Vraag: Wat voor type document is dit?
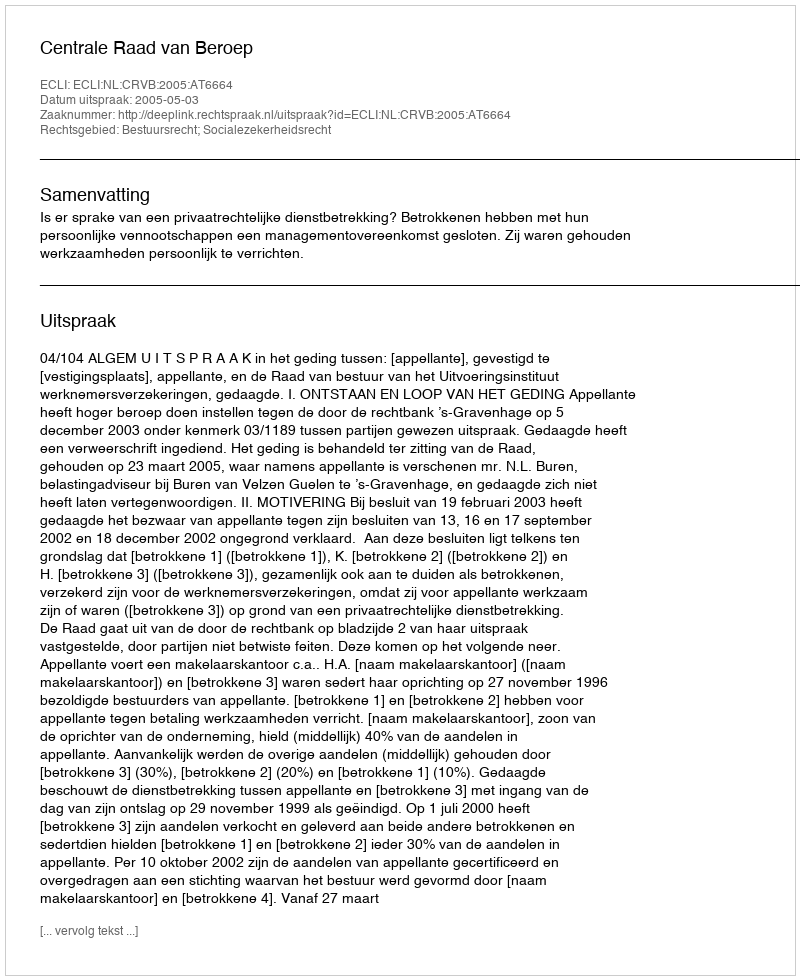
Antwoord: Uitspraak